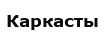
Каркасты